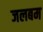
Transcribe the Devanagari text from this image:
जलबम